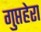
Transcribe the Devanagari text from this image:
गुप्तहेरा